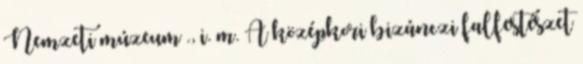
Nemzeti múzeum ., i. m. A középkori bizánczi falfestészet